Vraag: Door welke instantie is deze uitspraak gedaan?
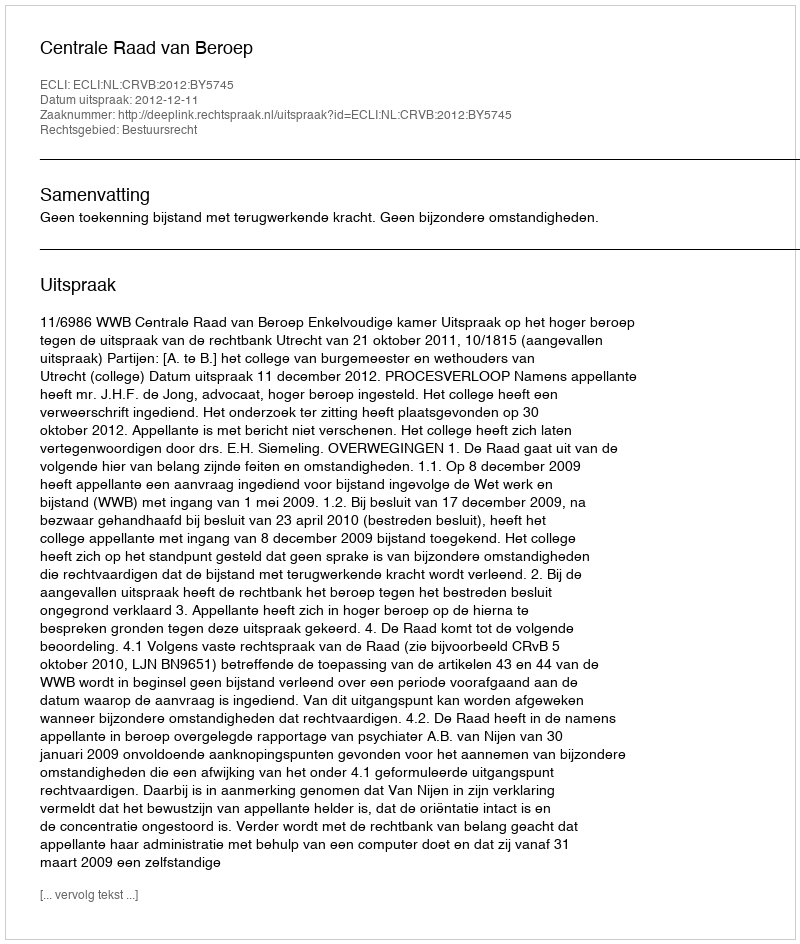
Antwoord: Centrale Raad van Beroep